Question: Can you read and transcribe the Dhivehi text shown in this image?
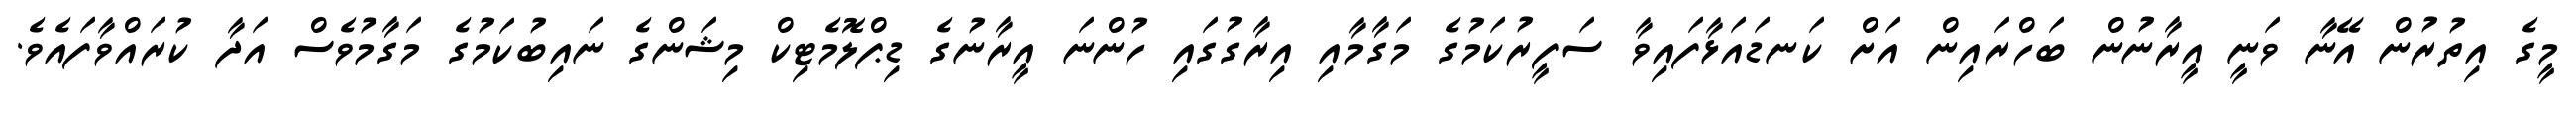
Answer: މީގެ އިތުރުން އޭނާ ވަނީ އީރާނުން ބަހްރައިން އަށް ކަނޑައަޅާފައިވާ ސަފީރުކަމުގެ މަގާމާއި އިރާގުގައި ހުންނަ އީރާނުގެ ޑިޕްލޮމެޓިކް މިޝަންގެ ނައިބުކަމުގެ މަގާމުވެސް އަދާ ކުރައްވާފައެވެ.